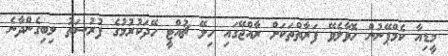
މީޑިއާ ކެމްޕޭނުން ހޮވާލެވޭ ފަރާތްތަކަށް ރާއްޖޭގައި ހިލޭ ޗުއްޓީ ހޭދަކުރުމުގެ ފުރުސަތު ލިބިގެންދާނެ